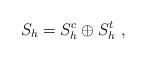
LaTeX: \begin{align*}S_h=S_h^c \oplus S_h^t \ ,\end{align*}